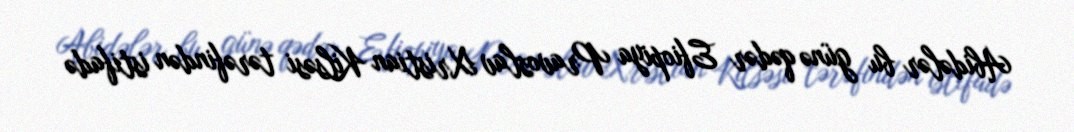
Abidələr bu günə qədər Efiopiya Pravoslav Xristian Kilsəsi tərəfindən istifadə